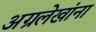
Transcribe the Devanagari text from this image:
अग्रलेखांना